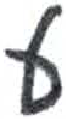
אות: ע